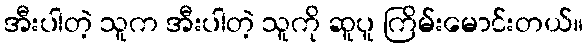
အီးပါတဲ့ သူက အီးပါတဲ့ သူကို ဆူပူ ကြိမ်းမောင်းတယ်။